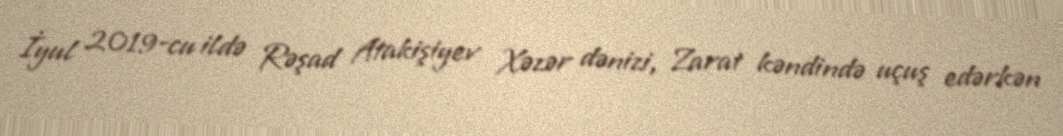
İyul 2019-cu ildə Rəşad Atakişiyev Xəzər dənizi, Zarat kəndində uçuş edərkən